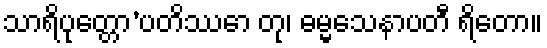
သာရိပုတ္တော’ပတိဿော တု၊ ဓမ္မသေနာပတီ ရိတော။